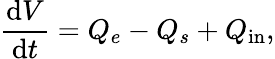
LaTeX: \frac{\textrm{d}V}{\textrm{d}t}=Q_{e}-Q_{s}+Q_{\textrm{in}},